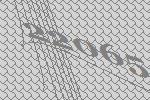
22065